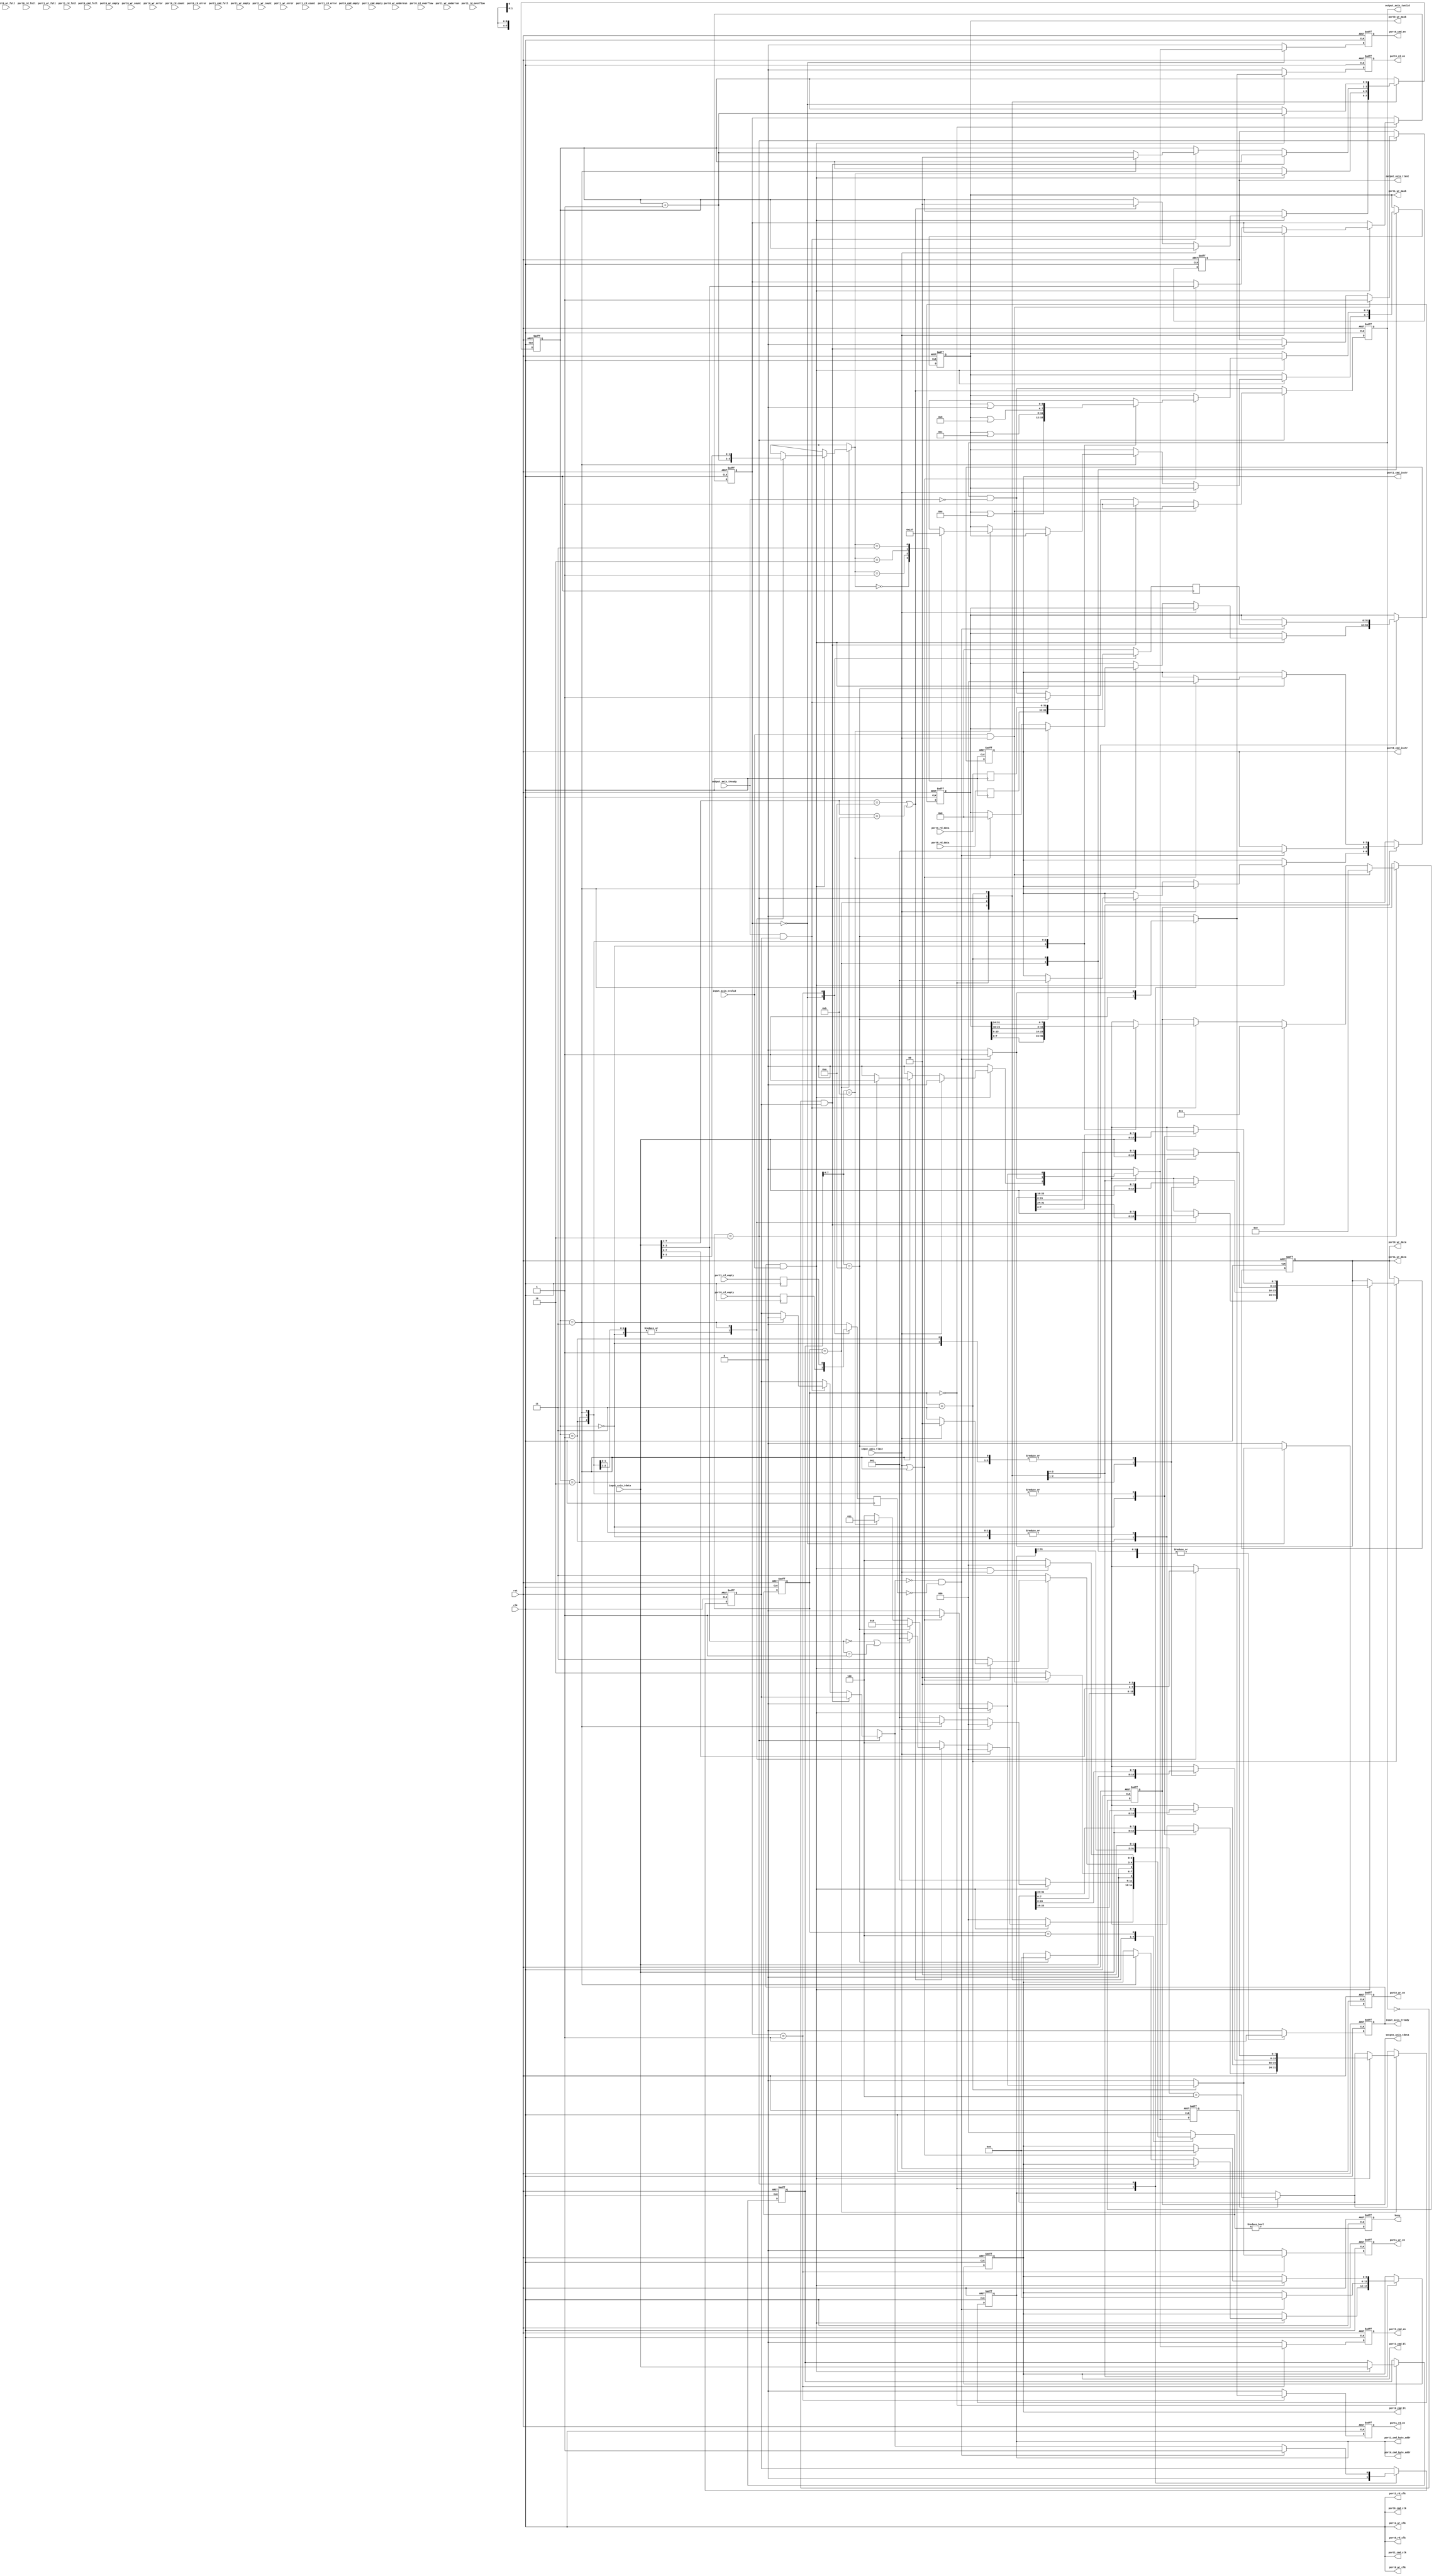
module soc_interface
(
    input  wire        clk,
    input  wire        rst,
    /*
     */
    input  wire [7:0]  input_axis_tdata,
    input  wire        input_axis_tvalid,
    output wire        input_axis_tready,
    input  wire        input_axis_tlast,
    /*
     */
    output wire [7:0]  output_axis_tdata,
    output wire        output_axis_tvalid,
    input  wire        output_axis_tready,
    output wire        output_axis_tlast,
    /*
     */
    output wire        port0_cmd_clk,
    output wire        port0_cmd_en,
    output wire [2:0]  port0_cmd_instr,
    output wire [5:0]  port0_cmd_bl,
    output wire [31:0] port0_cmd_byte_addr,
    input  wire        port0_cmd_empty,
    input  wire        port0_cmd_full,
    output wire        port0_wr_clk,
    output wire        port0_wr_en,
    output wire [3:0]  port0_wr_mask,
    output wire [31:0] port0_wr_data,
    input  wire        port0_wr_empty,
    input  wire        port0_wr_full,
    input  wire        port0_wr_underrun,
    input  wire [6:0]  port0_wr_count,
    input  wire        port0_wr_error,
    output wire        port0_rd_clk,
    output wire        port0_rd_en,
    input  wire [31:0] port0_rd_data,
    input  wire        port0_rd_empty,
    input  wire        port0_rd_full,
    input  wire        port0_rd_overflow,
    input  wire [6:0]  port0_rd_count,
    input  wire        port0_rd_error,
    /*
     */
    output wire        port1_cmd_clk,
    output wire        port1_cmd_en,
    output wire [2:0]  port1_cmd_instr,
    output wire [5:0]  port1_cmd_bl,
    output wire [31:0] port1_cmd_byte_addr,
    input  wire        port1_cmd_empty,
    input  wire        port1_cmd_full,
    output wire        port1_wr_clk,
    output wire        port1_wr_en,
    output wire [3:0]  port1_wr_mask,
    output wire [31:0] port1_wr_data,
    input  wire        port1_wr_empty,
    input  wire        port1_wr_full,
    input  wire        port1_wr_underrun,
    input  wire [6:0]  port1_wr_count,
    input  wire        port1_wr_error,
    output wire        port1_rd_clk,
    output wire        port1_rd_en,
    input  wire [31:0] port1_rd_data,
    input  wire        port1_rd_empty,
    input  wire        port1_rd_full,
    input  wire        port1_rd_overflow,
    input  wire [6:0]  port1_rd_count,
    input  wire        port1_rd_error,
    /*
     */
    output wire        busy
);
// state register
localparam [2:0]
    STATE_IDLE = 3'd0,
    STATE_READ_ADDR = 3'd1,
    STATE_MCB_READ = 3'd2,
    STATE_MCB_WRITE = 3'd3,
    STATE_WAIT_LAST = 3'd4;
reg [2:0] state_reg = STATE_IDLE, state_next;
reg inc_addr_reg = 0, inc_addr_next;
reg rd_empty;
reg [31:0] rd_data;
reg cmd_en;
reg wr_en;
reg rd_en;
reg [7:0] cmd_reg = 0, cmd_next;
reg [31:0] addr_reg = 0, addr_next;
reg [31:0] data_reg = 0, data_next;
reg data_valid_reg = 0, data_valid_next;
reg [3:0] bank_reg = 0, bank_next;
reg [1:0] byte_cnt_reg = 0, byte_cnt_next;
reg input_axis_tready_reg = 0, input_axis_tready_next;
reg [7:0] output_axis_tdata_reg = 0, output_axis_tdata_next;
reg output_axis_tvalid_reg = 0, output_axis_tvalid_next;
reg output_axis_tlast_reg = 0, output_axis_tlast_next;
reg port0_cmd_en_reg = 0, port0_cmd_en_next;
reg port1_cmd_en_reg = 0, port1_cmd_en_next;
reg [2:0] port_cmd_instr_reg = 0, port_cmd_instr_next;
reg [5:0] port_cmd_bl_reg = 0, port_cmd_bl_next;
reg [31:0] port_cmd_byte_addr_reg = 0, port_cmd_byte_addr_next;
reg port0_wr_en_reg = 0, port0_wr_en_next;
reg port1_wr_en_reg = 0, port1_wr_en_next;
reg [3:0] port_wr_mask_reg = 0, port_wr_mask_next;
reg [31:0] port_wr_data_reg = 0, port_wr_data_next;
reg port0_rd_en_reg = 0, port0_rd_en_next;
reg port1_rd_en_reg = 0, port1_rd_en_next;
reg busy_reg = 0;
assign input_axis_tready = input_axis_tready_reg;
assign output_axis_tdata = output_axis_tdata_reg;
assign output_axis_tvalid = output_axis_tvalid_reg;
assign output_axis_tlast = output_axis_tlast_reg;
assign port0_cmd_clk = clk;
assign port0_cmd_en = port0_cmd_en_reg;
assign port0_cmd_instr = port_cmd_instr_reg;
assign port0_cmd_bl = port_cmd_bl_reg;
assign port0_cmd_byte_addr = port_cmd_byte_addr_reg;
assign port0_wr_clk = clk;
assign port0_wr_en = port0_wr_en_reg;
assign port0_wr_mask = port_wr_mask_reg;
assign port0_wr_data = port_wr_data_reg;
assign port0_rd_clk = clk;
assign port0_rd_en = port0_rd_en_reg;
assign port1_cmd_clk = clk;
assign port1_cmd_en = port1_cmd_en_reg;
assign port1_cmd_instr = port_cmd_instr_reg;
assign port1_cmd_bl = port_cmd_bl_reg;
assign port1_cmd_byte_addr = port_cmd_byte_addr_reg;
assign port1_wr_clk = clk;
assign port1_wr_en = port1_wr_en_reg;
assign port1_wr_mask = port_wr_mask_reg;
assign port1_wr_data = port_wr_data_reg;
assign port1_rd_clk = clk;
assign port1_rd_en = port1_rd_en_reg;
assign busy = busy_reg;
// registers for timing
reg port0_rd_empty_reg = 0;
reg [31:0] port0_rd_data_reg = 0;
reg port1_rd_empty_reg = 0;
reg [31:0] port1_rd_data_reg = 0;
always @(posedge clk) begin
    port0_rd_empty_reg <= port0_rd_empty;
    port0_rd_data_reg <= port0_rd_data;
    port1_rd_empty_reg <= port1_rd_empty;
    port1_rd_data_reg <= port1_rd_data;
end
// read data mux
always @(posedge clk) begin
    case (bank_reg)
        4'd0: begin
            rd_empty <= port0_rd_empty_reg;
            rd_data <= port0_rd_data_reg;
        end
        4'd1: begin
            rd_empty <= port1_rd_empty_reg;
            rd_data <= port1_rd_data_reg;
        end
        default: begin
            rd_empty <= 0;
            rd_data <= 0;
        end
    endcase
end
always @* begin
    state_next = 0;
    inc_addr_next = 0;
    cmd_en = 0;
    wr_en = 0;
    rd_en = 0;
    cmd_next = cmd_reg;
    if (inc_addr_reg) begin
        port_cmd_byte_addr_next = {port_cmd_byte_addr_reg[31:2], 2'b00} + 4;
    end else begin
        port_cmd_byte_addr_next = port_cmd_byte_addr_reg;
    end
    data_next = data_reg;
    data_valid_next = data_valid_reg;
    bank_next = bank_reg;
    byte_cnt_next = byte_cnt_reg;
    input_axis_tready_next = 0;
    output_axis_tdata_next = output_axis_tdata_reg;
    output_axis_tvalid_next = output_axis_tvalid_reg & ~output_axis_tready;
    output_axis_tlast_next = output_axis_tlast_reg;
    port0_cmd_en_next = 0;
    port1_cmd_en_next = 0;
    port_cmd_instr_next = port_cmd_instr_reg;
    port_cmd_bl_next = port_cmd_bl_reg;
    port0_wr_en_next = 0;
    port1_wr_en_next = 0;
    port_wr_mask_next = port_wr_mask_reg;
    port_wr_data_next = port_wr_data_reg;
    port0_rd_en_next = 0;
    port1_rd_en_next = 0;
    case (state_reg)
        STATE_IDLE: begin
            input_axis_tready_next = 1;
            rd_en = 1;
            data_valid_next = 0;
            if (input_axis_tready & input_axis_tvalid) begin
                // get command
                cmd_next = input_axis_tdata;
                if (input_axis_tlast) begin
                    // early end of frame
                    state_next = STATE_IDLE;
                end else if (cmd_next[7:4] == 4'hA || cmd_next[7:4] == 4'hB) begin
                    // read or write command
                    bank_next = cmd_next[3:0];
                    byte_cnt_next = 0;
                    state_next = STATE_READ_ADDR;
                    if (bank_next == 0 || bank_next == 1) begin
                        state_next = STATE_READ_ADDR;
                    end else begin
                        // invalid bank
                        state_next = STATE_WAIT_LAST;
                    end
                end else begin
                    state_next = STATE_WAIT_LAST;
                end
            end else begin
                state_next = STATE_IDLE;
            end
        end
        STATE_READ_ADDR: begin
            input_axis_tready_next = 1;
            if (input_axis_tready & input_axis_tvalid) begin
                // read address byte (MSB first)
                byte_cnt_next = byte_cnt_reg + 1;
                case (byte_cnt_reg)
                    2'd0: port_cmd_byte_addr_next[31:24] = input_axis_tdata;
                    2'd1: port_cmd_byte_addr_next[23:16] = input_axis_tdata;
                    2'd2: port_cmd_byte_addr_next[15: 8] = input_axis_tdata;
                    2'd3: begin
                        port_cmd_byte_addr_next[ 7: 0] = {input_axis_tdata[7:2], 2'b00};
                        byte_cnt_next = input_axis_tdata[1:0];
                    end
                endcase
                if (input_axis_tlast) begin
                    // early end of frame
                    state_next = STATE_IDLE;
                end else if (byte_cnt_reg == 3) begin
                    // last address byte, process command
                    if (cmd_reg[7:4] == 4'hA) begin
                        // read command
                        // initiate read, length 1
                        port_cmd_instr_next = 3'b001;
                        port_cmd_bl_next = 5'd0;
                        cmd_en = 1;
                        inc_addr_next = 1;
                        state_next = STATE_MCB_READ;
                    end else if (cmd_reg[7:4] == 4'hB) begin
                        // write command
                        case (byte_cnt_next[1:0])
                            2'd0: port_wr_mask_next = 4'b0000;
                            2'd1: port_wr_mask_next = 4'b0001;
                            2'd2: port_wr_mask_next = 4'b0011;
                            2'd3: port_wr_mask_next = 4'b0111;
                        endcase
                        data_next = 0;
                        state_next = STATE_MCB_WRITE;
                    end else begin
                        state_next = STATE_WAIT_LAST;
                    end
                end else begin
                    state_next = STATE_READ_ADDR;
                end
            end else begin
                state_next = STATE_READ_ADDR;
            end
        end
        STATE_MCB_READ: begin
            input_axis_tready_next = 1;
            if (!output_axis_tvalid & data_valid_reg) begin
                // send start flag
                output_axis_tdata_next = 1;
                output_axis_tvalid_next = 1;
                output_axis_tlast_next = 0;
            end else if (output_axis_tready & data_valid_reg) begin
                // send read data
                byte_cnt_next = byte_cnt_reg + 1;
                output_axis_tvalid_next = 1;
                case (byte_cnt_reg)
                    2'd0: output_axis_tdata_next = data_reg[ 7: 0];
                    2'd1: output_axis_tdata_next = data_reg[15: 8];
                    2'd2: output_axis_tdata_next = data_reg[23:16];
                    2'd3: output_axis_tdata_next = data_reg[31:24];
                endcase
                // invalidate data reg on byte count rollover
                if (byte_cnt_reg == 3) begin
                    data_valid_next = 0;
                    byte_cnt_next = 0;
                end
            end
            state_next = STATE_MCB_READ;
            if (input_axis_tvalid & input_axis_tlast) begin
                // send zero with last set on frame end
                output_axis_tvalid_next = 1;
                output_axis_tlast_next = 1;
                output_axis_tdata_next = 0;
                state_next = STATE_IDLE;
            end
            if (!data_valid_next & !rd_empty) begin
                // read data word into register
                data_next = rd_data;
                data_valid_next = 1;
                // initiate a new read
                port_cmd_instr_next = 3'b001;
                port_cmd_bl_next = 5'd0;
                cmd_en = 1;
                rd_en = 1;
                inc_addr_next = 1;
            end
        end
        STATE_MCB_WRITE: begin
            input_axis_tready_next = 1;
            if (input_axis_tready & input_axis_tvalid) begin
                // got data byte
                byte_cnt_next = byte_cnt_reg + 1;
                case (byte_cnt_reg)
                    2'd0: port_wr_data_next[ 7: 0] = input_axis_tdata;
                    2'd1: port_wr_data_next[15: 8] = input_axis_tdata;
                    2'd2: port_wr_data_next[23:16] = input_axis_tdata;
                    2'd3: port_wr_data_next[31:24] = input_axis_tdata;
                endcase
                if (input_axis_tlast || byte_cnt_reg == 3) begin
                    // end of frame or end of word
                    // calculate mask
                    case (byte_cnt_reg[1:0])
                        2'd0: port_wr_mask_next = port_wr_mask_next | 4'b1110;
                        2'd1: port_wr_mask_next = port_wr_mask_next | 4'b1100;
                        2'd2: port_wr_mask_next = port_wr_mask_next | 4'b1000;
                        2'd3: port_wr_mask_next = port_wr_mask_next | 4'b0000;
                    endcase
                    // write, burst length 1
                    port_cmd_instr_next = 3'b000;
                    port_cmd_bl_next = 5'd0;
                    cmd_en = 1;
                    wr_en = 1;
                    // increment address
                    inc_addr_next = 1;
                    if (input_axis_tlast) begin
                        state_next = STATE_IDLE;
                    end else begin
                        state_next = STATE_MCB_WRITE;
                    end
                end else begin
                    state_next = STATE_MCB_WRITE;
                end
            end else begin
                state_next = STATE_MCB_WRITE;
            end
        end
        STATE_WAIT_LAST: begin
            input_axis_tready_next = 1;
            if (input_axis_tready & input_axis_tvalid & input_axis_tlast) begin
                state_next = STATE_IDLE;
            end else begin
                state_next = STATE_WAIT_LAST;
            end
        end
    endcase
    // command demux
    case (bank_reg)
        4'd0: begin
            port0_cmd_en_next = cmd_en;
            port0_wr_en_next = wr_en;
            port0_rd_en_next = rd_en;
        end
        4'd1: begin
            port1_cmd_en_next = cmd_en;
            port1_wr_en_next = wr_en;
            port1_rd_en_next = rd_en;
        end
    endcase
end
always @(posedge clk or posedge rst) begin
    if (rst) begin
        state_reg <= STATE_IDLE;
        inc_addr_reg <= 0;
        cmd_reg <= 0;
        addr_reg <= 0;
        data_reg <= 0;
        data_valid_reg <= 0;
        bank_reg <= 0;
        byte_cnt_reg <= 0;
        input_axis_tready_reg <= 0;
        output_axis_tdata_reg <= 0;
        output_axis_tvalid_reg <= 0;
        output_axis_tlast_reg <= 0;
        port0_cmd_en_reg <= 0;
        port1_cmd_en_reg <= 0;
        port_cmd_instr_reg <= 0;
        port_cmd_bl_reg <= 0;
        port_cmd_byte_addr_reg <= 0;
        port0_wr_en_reg <= 0;
        port1_wr_en_reg <= 0;
        port_wr_mask_reg <= 0;
        port_wr_data_reg <= 0;
        port0_rd_en_reg <= 0;
        port1_rd_en_reg <= 0;
        busy_reg <= 0;
    end else begin
        state_reg <= state_next;
        inc_addr_reg <= inc_addr_next;
        cmd_reg <= cmd_next;
        addr_reg <= addr_next;
        data_reg <= data_next;
        data_valid_reg <= data_valid_next;
        bank_reg <= bank_next;
        byte_cnt_reg <= byte_cnt_next;
        input_axis_tready_reg <= input_axis_tready_next;
        output_axis_tdata_reg <= output_axis_tdata_next;
        output_axis_tvalid_reg <= output_axis_tvalid_next;
        output_axis_tlast_reg <= output_axis_tlast_next;
        port0_cmd_en_reg <= port0_cmd_en_next;
        port1_cmd_en_reg <= port1_cmd_en_next;
        port_cmd_instr_reg <= port_cmd_instr_next;
        port_cmd_bl_reg <= port_cmd_bl_next;
        port_cmd_byte_addr_reg <= port_cmd_byte_addr_next;
        port0_wr_en_reg <= port0_wr_en_next;
        port1_wr_en_reg <= port1_wr_en_next;
        port_wr_mask_reg <= port_wr_mask_next;
        port_wr_data_reg <= port_wr_data_next;
        port0_rd_en_reg <= port0_rd_en_next;
        port1_rd_en_reg <= port1_rd_en_next;
        busy_reg <= state_next != STATE_IDLE;
    end
end
endmodule